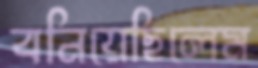
বনিয়েছিলেম